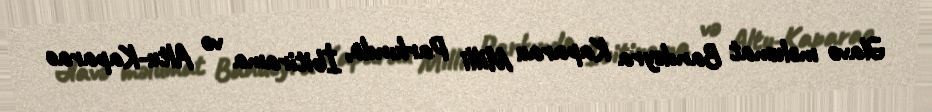
Əlavə məlumat Bandeyra Kaparau Milli Parkında, İbitirama və Altu-Kaparao